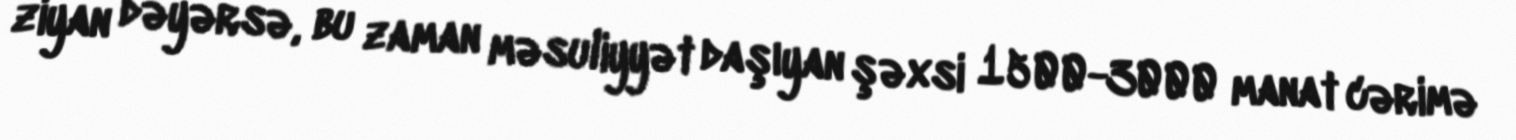
ziyan dəyərsə, bu zaman məsuliyyət daşıyan şəxsi 1500-3000 manat cərimə